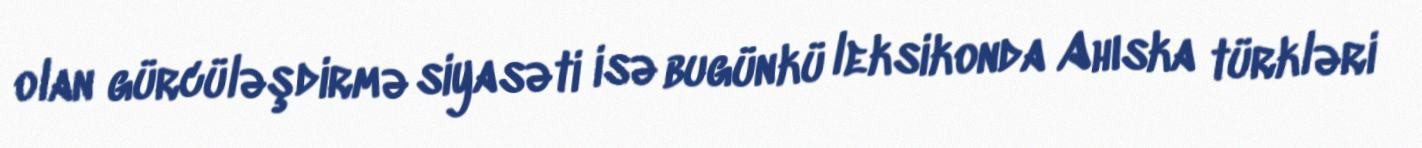
olan gürcüləşdirmə siyasəti isə bugünkü leksikonda Ahıska türkləri